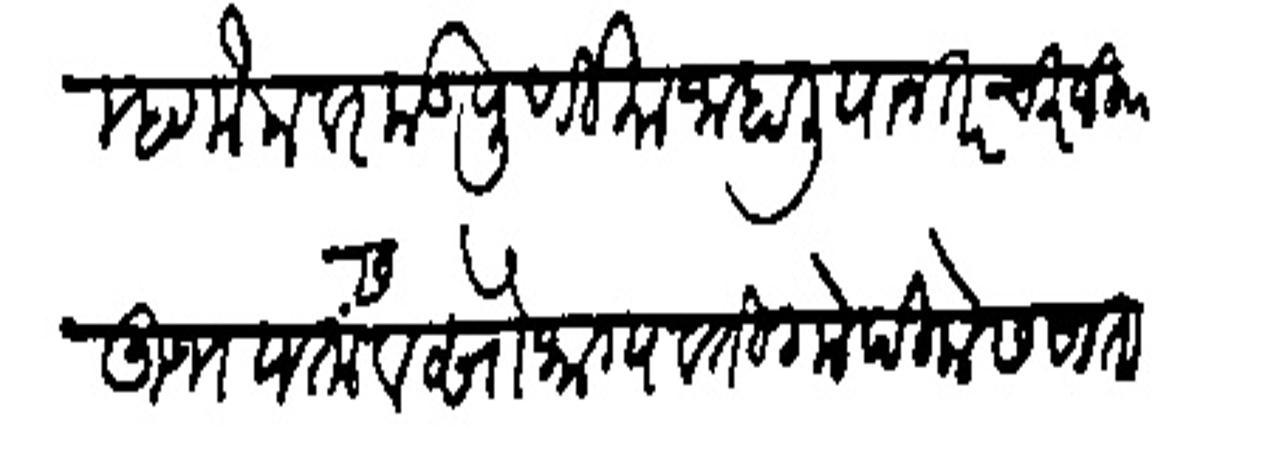
Transliteration (Devanagari): म्हणोन वरकड पूर्णिमा जाहालिया नंतर चिरंजीव उभयतांस व सौभाग्यवती गोपिकेस सातारियास